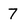
Character: 7